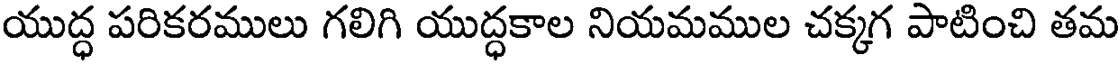
యుద్ధ పరికరములు గలిగి యుద్ధకాల నియమముల చక్కగ పాటించి తమ